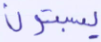
يسبتون